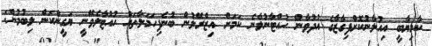
ކާމިޔާބީ އިއުލާނުކޮށްފިގާޒާގެ އުދުވާން ހުއްޓާނުލާނެ ކަމަށް އިޒްރޭލުން ބުނެފިހަމަލާތައް ހުއްޓާލެވޭނީ ޔަގީންކަން ލިބުމުން: